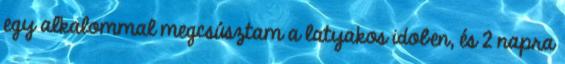
egy alkalommal megcsúsztam a latyakos idoben, és 2 napra